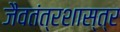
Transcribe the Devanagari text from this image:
जैवतंत्रशास्त्र